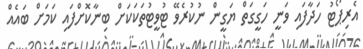
އެރިޕޯޓު ހަދާފައި ވަނީ ހަގީގަތް ޔަގީން ނުކުރެވޭ ޓުވީޓުތަކަކަށް ބިނާކޮށްފައި ކަމަށް ބައެއް